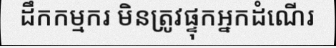
ដឹកកម្មករ មិនត្រូវផ្ទុកអ្នកដំណើរ